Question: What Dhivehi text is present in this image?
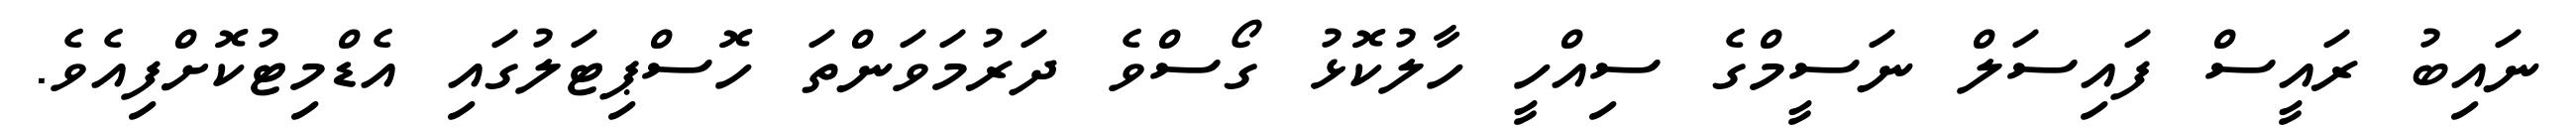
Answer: ނައިބު ރައީސް ފައިސަލް ނަސީމްގެ ސިއްހީ ހާލުކޮޅު ގޯސްވެ ދަރުމަވަންތަ ހޮސްޕިޓަލުގައި އެޑްމިޓުކޮށްފިއެވެ.